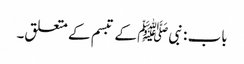
باب : نبیﷺ کے تبسم کے متعلق۔